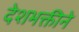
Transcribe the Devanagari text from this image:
देशभक्तीने